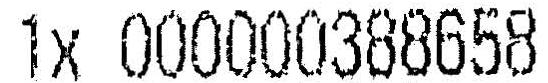
1X 000000388658